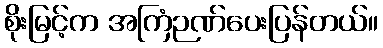
စိုးမြင့်က အကြံဉဏ်ပေးပြန်တယ်။